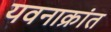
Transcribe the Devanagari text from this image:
यवनाक्रांत